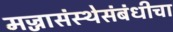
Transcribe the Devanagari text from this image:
मज्जासंस्थेसंबंधीचा